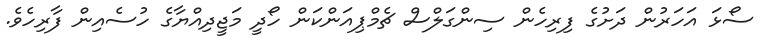
ސޯޅަ އަހަރުން ދަށުގެ ފިރިހެން ސިންގަލްސް ޗެމްޕިއަންކަން ހޯދީ މަޖީދިއްޔާގެ ހުސެއިން ފާރިހެވެ.